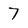
Character: 7